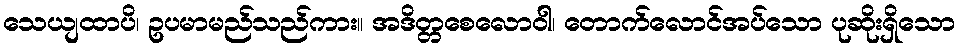
သေယျထာပိ၊ ဥပမာမည်သည်ကား။ အဒိတ္တစေလောဝါ၊ တောက်လောင်အပ်သော ပုဆိုးရှိသော